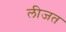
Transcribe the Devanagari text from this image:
लीजत